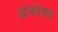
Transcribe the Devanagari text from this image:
अंभोरुह